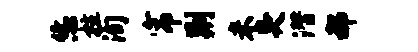
恁柱洵帘荆米臭潜郝